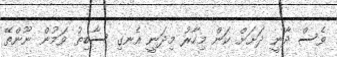
ވެސް ދާނީ ދަށަށް ކަން މިހާރު މިދަނީ އެނގި ސާބިތު ވަމުން ނޫންތޭ